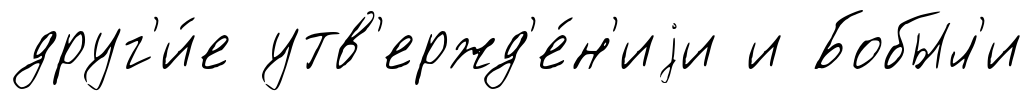
друг'и́е утв'ержд'е́н'иjи и Бобыл'и